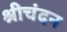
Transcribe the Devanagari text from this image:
श्रीचंदन